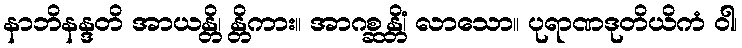
နာဘိနန္ဒတိ အာယန္တိ၊ န္တိကား။ အာဂစ္ဆန္တိံ၊ လာသော။ ပုရာဏဒုတိယိကံ ဝါ၊